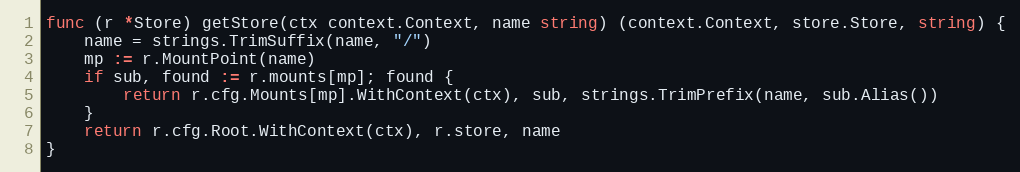
Language: Go
func (r *Store) getStore(ctx context.Context, name string) (context.Context, store.Store, string) {
	name = strings.TrimSuffix(name, "/")
	mp := r.MountPoint(name)
	if sub, found := r.mounts[mp]; found {
		return r.cfg.Mounts[mp].WithContext(ctx), sub, strings.TrimPrefix(name, sub.Alias())
	}
	return r.cfg.Root.WithContext(ctx), r.store, name
}